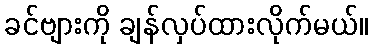
ခင်ဗျားကို ချန်လှပ်ထားလိုက်မယ်။